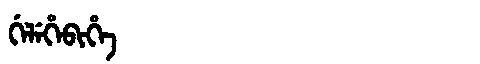
Manchu: ᡤᡝᠯᡝᡥᡝᠪᡳᡥᡝ
Romanization: GELEHEBIHE